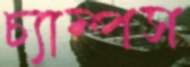
চ্যাম্পস